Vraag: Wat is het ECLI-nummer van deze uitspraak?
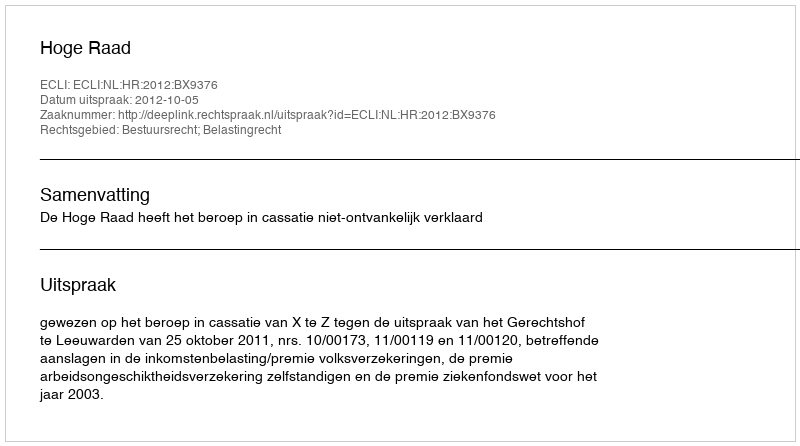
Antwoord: ECLI:NL:HR:2012:BX9376